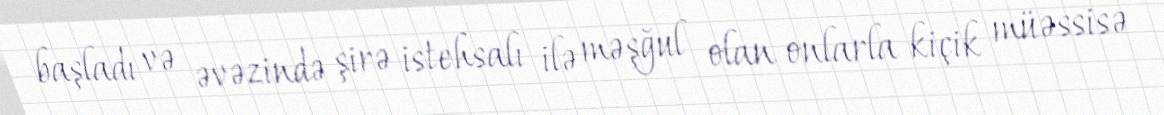
başladı və əvəzində şirə istehsalı ilə məşğul olan onlarla kiçik müəssisə